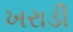
ખરાડી